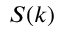
S ( k )